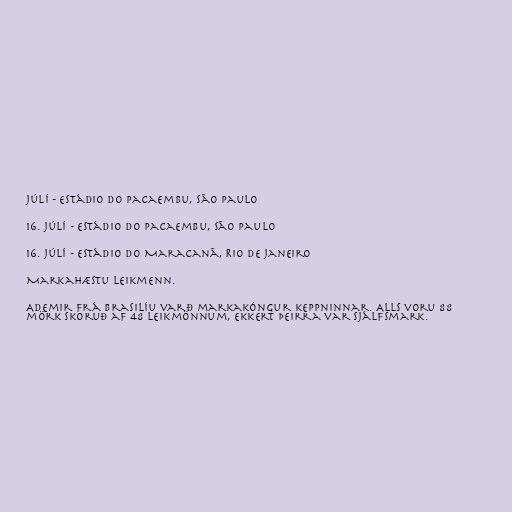
júlí - Estádio do Pacaembu, São Paulo

16. júlí - Estádio do Pacaembu, São Paulo

16. júlí - Estádio do Maracanã, Rio de Janeiro

Markahæstu leikmenn.

Ademir frá Brasilíu varð markakóngur keppninnar. Alls voru 88
mörk skoruð af 48 leikmönnum, ekkert þeirra var sjálfsmark.